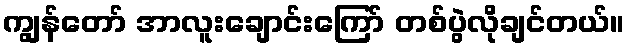
ကျွန်တော် အာလူးချောင်းကြော် တစ်ပွဲလိုချင်တယ်။